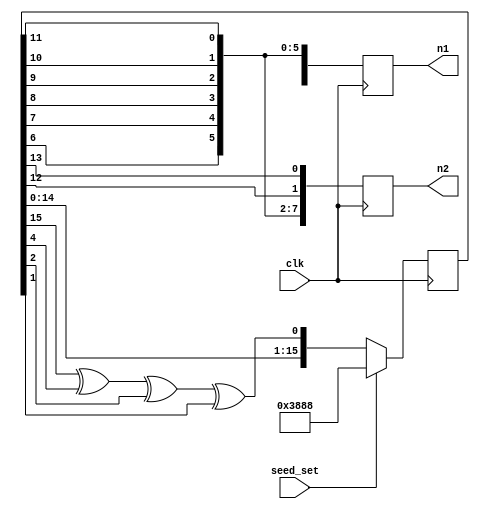
`timescale 1ns / 1ps
module lfsr(
    input clk,seed_set,
    output reg[7:0] n1,n2);
    reg [15:0]out_temp,out;
    always @(posedge clk)
     if(seed_set) begin
        out<=14472;
        n1<={out[4],out[5],out[6],out[7],out[8],out[9],out[10],out[11]};
        n2<={out[6],out[7],out[8],out[9],out[10],out[11],out[12],out[13]}; end
      else begin
        out<=out_temp;
         n1<={out[4],out[5],out[6],out[7],out[8],out[9],out[10],out[11]};
         n2<={out[6],out[7],out[8],out[9],out[10],out[11],out[12],out[13]}; end
        
     always @(*)
        out_temp = {out[14:0],out[15]^out[4]^out[2]^out[1]};         
endmodule